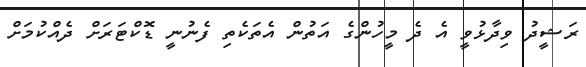
ރަޝީދު ވިދާޅުވީ އެ ދެ މީހުންގެ އަތުން އެތަކެތި ފެނުނީ ޑޮކްޓަރަށް ދެއްކުމަށް